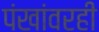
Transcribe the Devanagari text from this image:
पंखांवरही